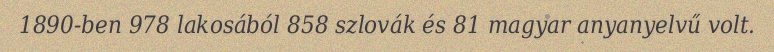
1890-ben 978 lakosából 858 szlovák és 81 magyar anyanyelvű volt.